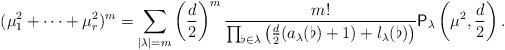
LaTeX: \begin{align*}(\mu_1^2+\cdots+\mu_r^2)^m=\sum_{|\lambda|=m}\left(\frac{d}{2}\right)^m\frac{m!}{\prod_{\flat\in\lambda}\left(\frac{d}{2}(a_\lambda(\flat)+1)+l_\lambda(\flat)\right)}\mathsf P_\lambda\left(\mu^2,\frac{d}{2}\right).\end{align*}